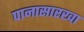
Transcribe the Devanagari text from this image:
पानासारखा